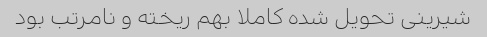
شیرینی تحویل شده کاملا بهم ریخته و نامرتب بود